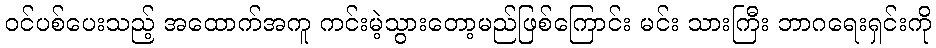
ဝင်ပစ်ပေးသည့် အထောက်အကူ ကင်းမဲ့သွားတော့မည်ဖြစ်ကြောင်း မင်း သားကြီး ဘာဂရေးရှင်းကို